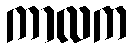
ကာလက